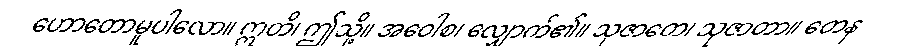
ဟောတောမူပါလော။ ဣတိ၊ ဤသို့။ အဝေါစ၊ လျှောက်၏။ သုဇာတေ၊ သုဇာတာ။ တေန